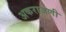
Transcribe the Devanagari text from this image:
अकराजणी